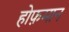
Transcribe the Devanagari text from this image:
होफ़मान